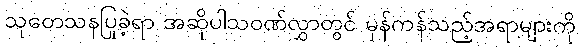
သုတေသနပြုခဲ့ရာ အဆိုပါသဝဏ်လွှာတွင် မှန်ကန်သည့်အရာများကို